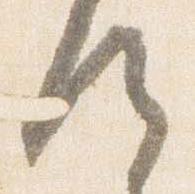
候